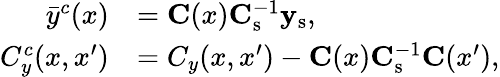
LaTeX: \begin{array}{rl}{\bar{y}^{c}(x)}&{=\mathbf{C}(x)\mathbf{C}_{\mathrm{s}}^{-1}\mathbf{y}_{\mathrm{s}},}\\ {C_{y}^{c}(x,x^{\prime})}&{=C_{y}(x,x^{\prime})-\mathbf{C}(x)\mathbf{C}_{\mathrm{s}}^{-1}\mathbf{C}(x^{\prime}),}\end{array}